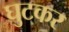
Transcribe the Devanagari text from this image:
घुटकर